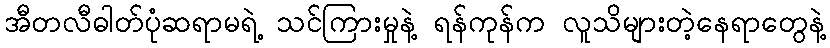
အီတလီဓါတ်ပုံဆရာမရဲ့ သင်ကြားမှုနဲ့ ရန်ကုန်က လူသိများတဲ့နေရာတွေနဲ့